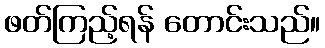
ဖတ်ကြည့်ရန် တောင်းသည်။